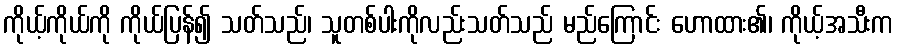
ကိုယ့်ကိုယ်ကို ကိုယ်ပြန်၍ သတ်သည်၊ သူတစ်ပါးကိုလည်းသတ်သည် မည်ကြောင်း ဟောထား၏၊ ကိုယ့်အသီးက